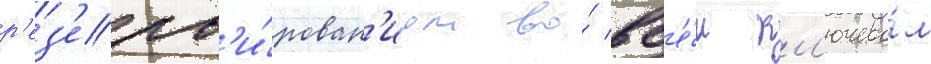
р'ез'ерв'и́рован'ием во́ вс'е́м кл'ючево́м